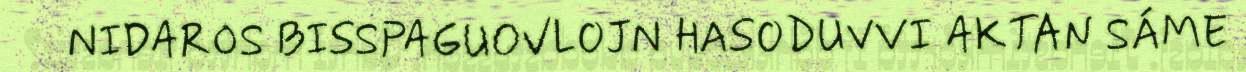
NIDAROS BISSPAGUOVLOJN HASODUVVI AKTAN SÁME